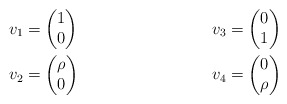
\begin{align*}&v_1 = \begin{pmatrix} 1 \\ 0 \end{pmatrix} &v_3 = \begin{pmatrix} 0 \\ 1 \end{pmatrix} \\&v_2 = \begin{pmatrix} \rho \\ 0 \end{pmatrix} &v_4 = \begin{pmatrix} 0 \\ \rho \end{pmatrix}\end{align*}